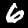
Label: 6